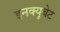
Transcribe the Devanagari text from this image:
इनक्यूबेट